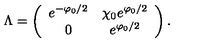
\Lambda = \left( \begin{array} { c c } { e ^ { - \varphi _ { 0 } / 2 } } & { \chi _ { 0 } e ^ { \varphi _ { 0 } / 2 } } \\ { 0 } & { e ^ { \varphi _ { 0 } / 2 } } \\ \end{array} \right) .